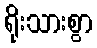
ရိုးသားစွာ